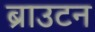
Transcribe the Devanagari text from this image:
ब्राउटन